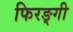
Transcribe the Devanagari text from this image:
फिरङ्गी